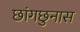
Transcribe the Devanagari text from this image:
छांगछुनास